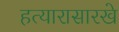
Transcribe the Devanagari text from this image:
हत्यारासारखे